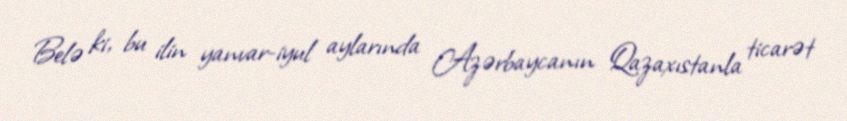
Belə ki, bu ilin yanvar-iyul aylarında Azərbaycanın Qazaxıstanla ticarət